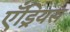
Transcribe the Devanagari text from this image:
एँड्रियस